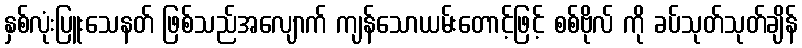
နှစ်လုံးပြူးသေနတ် ဖြစ်သည်အလျောက် ကျန်သောယမ်းတောင့်ဖြင့် စစ်ဗိုလ် ကို ခပ်သုတ်သုတ်ချိန်